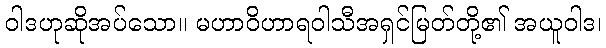
ဝါဒဟုဆိုအပ်သော။ မဟာဝိဟာရဝါသီအရှင်မြတ်တို့၏ အယူဝါဒ၊